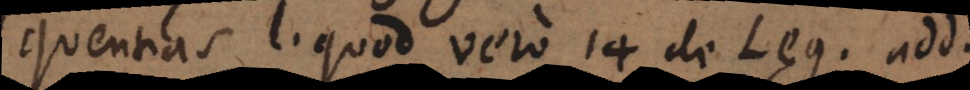
quentias, l. quod vero 14 de Leg. add.